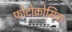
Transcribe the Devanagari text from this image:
फोटोक्रोमिक